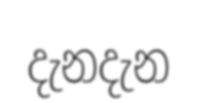
දැනදැන